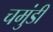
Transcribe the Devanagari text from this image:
चमुंडी